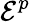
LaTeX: \mathcal{E}^{p}